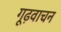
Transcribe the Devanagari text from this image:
गूढ़वाचन